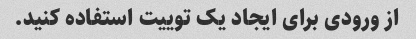
از ورودی برای ایجاد یک توییت استفاده کنید.